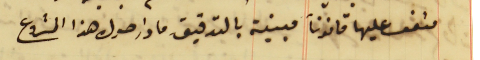
متفق عليها قانوناً مبينة بالتدقيق ما دار حول هذا المشروع